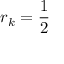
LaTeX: r _ { k } = { \frac { 1 } { 2 } }